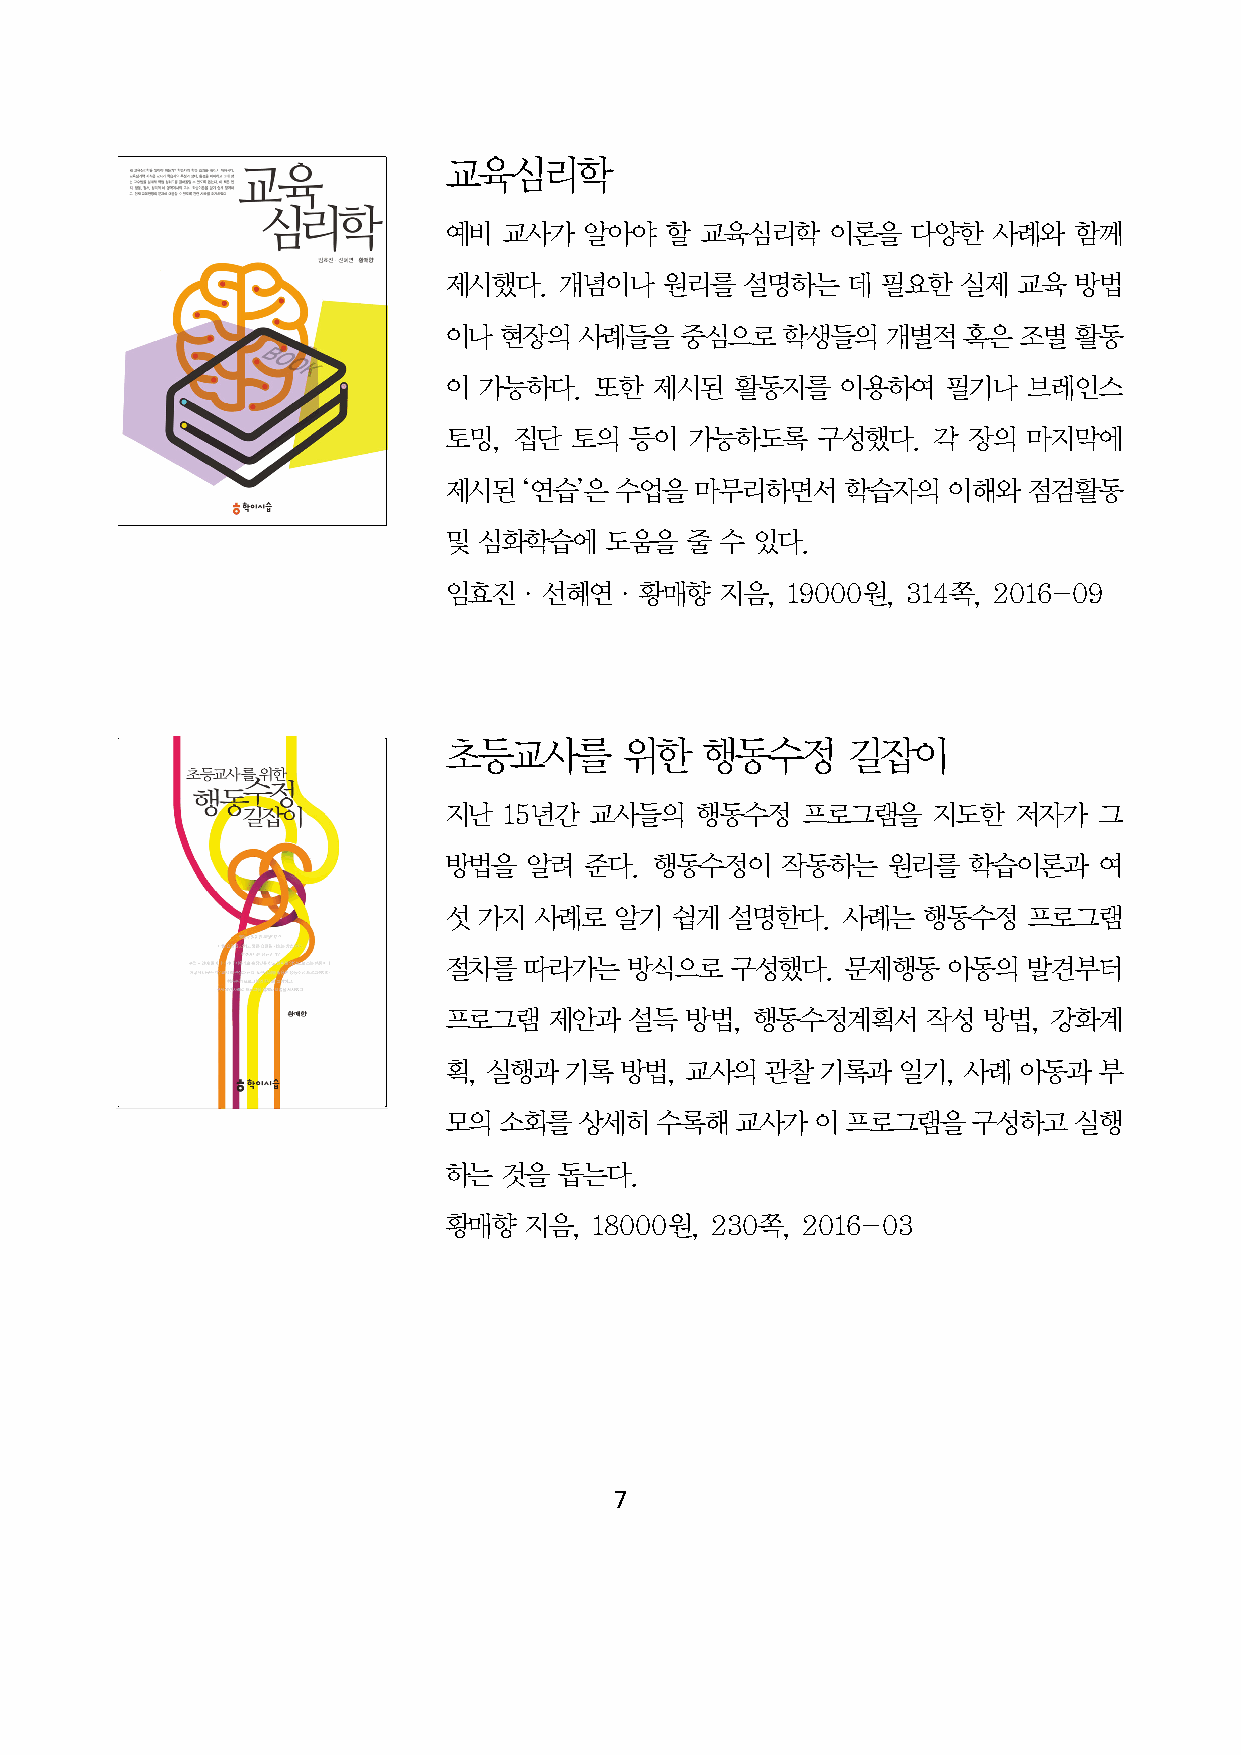
교육심리학
 예비  교사가   알아야  할 교육심리학    이론을  다양한   사례와  함께
 제시했다.   개념이나   원리를  설명하는   데 필요한   실제 교육  방법
 이나  현장의  사례들을   중심으로   학생들의   개별적  혹은 조별  활동
 이  가능하다.  또한  제시된   활동지를   이용하여   필기나  브레인스
 토밍,  집단  토의  등이  가능하도록   구성했다.   각 장의  마지막에
 제시된   ‘연습’은 수업을  마무리하면서    학습자의   이해와  점검활동
 및  심화학습에   도움을  줄  수 있다.
 임효진·선혜연·황매향        지음, 19000원, 314쪽, 2016-09
 초등교사를       위한   행동수정      길잡이
 지난  15년간  교사들의   행동수정   프로그램을    지도한  저자가   그
 방법을   알려  준다. 행동수정이    작동하는   원리를  학습이론과    여
 섯  가지 사례로   알기 쉽게  설명한다.   사례는  행동수정   프로그램
 절차를   따라가는   방식으로  구성했다.   문제행동   아동의  발견부터
 프로그램   제안과   설득 방법,  행동수정계획서    작성  방법,  강화계
 획, 실행과  기록  방법, 교사의   관찰 기록과  일기,  사례 아동과   부
 모의  소회를  상세히  수록해   교사가  이 프로그램을   구성하고   실행
 하는  것을  돕는다.
 황매향   지음, 18000원, 230쪽, 2016-03
 7